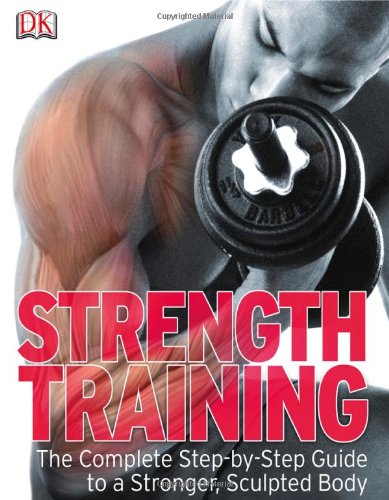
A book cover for Strength Training (Step-By-Step); DK Publishing; Health, Fitness & Dieting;